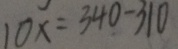
1 0 x = 3 4 0 - 3 1 0